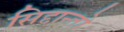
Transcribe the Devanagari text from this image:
सिद्दान्तो